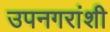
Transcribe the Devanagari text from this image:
उपनगरांशी